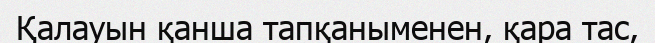
Қалауын қанша тапқаныменен, қара тас,